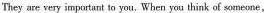
They are very important to you, When youthink ofsomeone ，